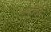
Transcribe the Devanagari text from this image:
मोक्षासंबंधी